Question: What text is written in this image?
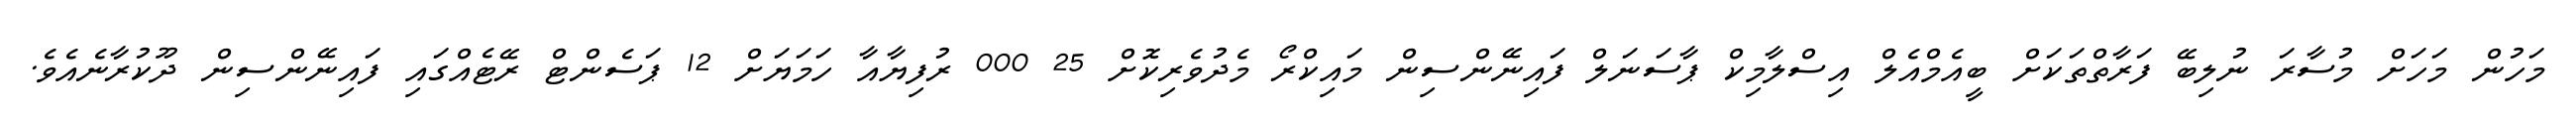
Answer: މަހުން މަހަށް މުސާރަ ނުލިބޭ ފަރާތްތަކަށް ބީއެމްއެލް އިސްލާމިކް ޕާސަނަލް ފައިނޭންސިން މައިކްރޯ މެދުވެރިކޮށް 25 000 ރުފިޔާއާ ހަމަޔަށް 12 ޕަސެންޓް ރޭޓެއްގައި ފައިނޭންސިން ދޫކުރާނެއެވެ.